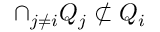
\cap _ { j \neq i } Q _ { j } \not \subset Q _ { i }